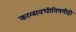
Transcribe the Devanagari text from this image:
कालावधीविषयीही